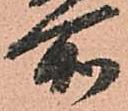
所